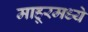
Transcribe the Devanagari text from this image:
माहूरमध्ये